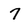
Character: 7